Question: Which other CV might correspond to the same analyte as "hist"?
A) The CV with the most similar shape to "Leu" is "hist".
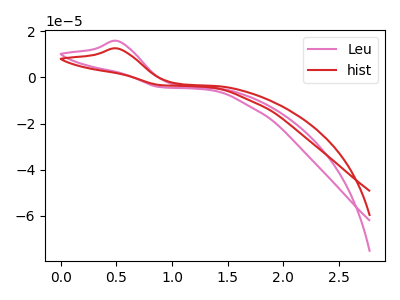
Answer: <think>The pink curve "Leu" has an anodic peak at: (0.50V, 15.75uA). The red curve "hist" has an anodic peak at: (0.50V, 12.50uA).
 All the peaks in "Leu" have a peak in "hist" at the same potential. Every peak in "Leu" is higher than every peak in "hist".</think>
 <answer>A) The CV with the most similar shape to "Leu" is "hist".</answer>
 <eval>A</eval>